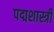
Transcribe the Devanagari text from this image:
पद्मशास्त्री